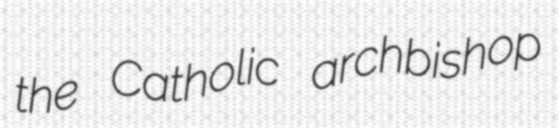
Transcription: the Catholic archbishop